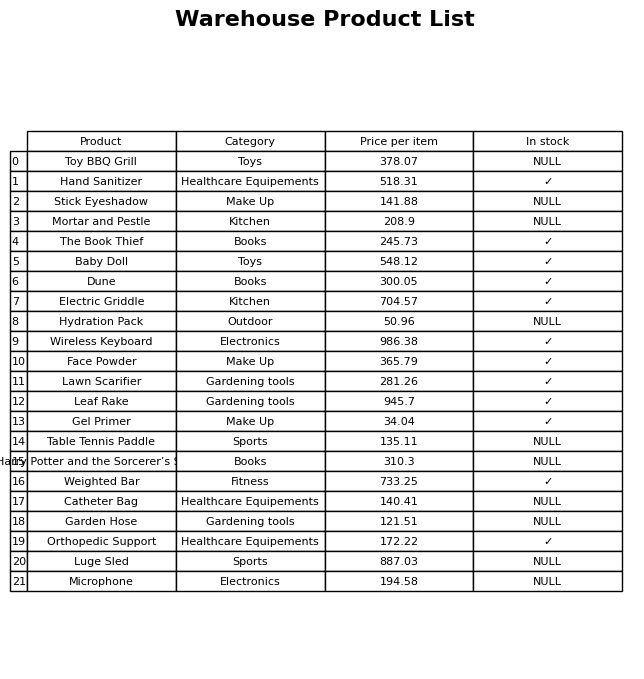
question: What is the price for Harry Potter and the Sorcerer’s Stone?
answer: The price of Harry Potter and the Sorcerer’s Stone is 310.3.